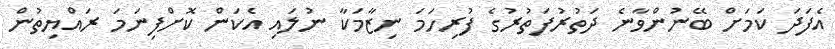
އެފަދަ ކަމަށް ބޭނުންވާނެ ދަތުރުފަތުރުގެ ފުރިހަމަ ނިޒާމަކާ ނުލައި އެކަން ކޮށްފިނަމަ ރައްޔިތުން